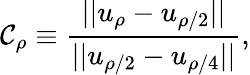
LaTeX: \mathcal{C}_{\rho}\equiv\frac{{||u_{\rho}-u_{\rho/2}||}}{{||u_{\rho/2}-u_{\rho/4}||}},